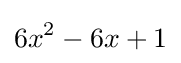
6x^{2}-6x+1